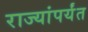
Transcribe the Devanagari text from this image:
राज्यांपर्यंत